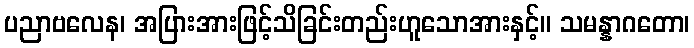
ပညာဗလေန၊ အပြားအားဖြင့်သိခြင်းတည်းဟူသောအားနှင့်။ သမန္နာဂတော၊